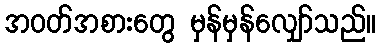
အဝတ်အစားတွေ မှန်မှန်လျှော်သည်။